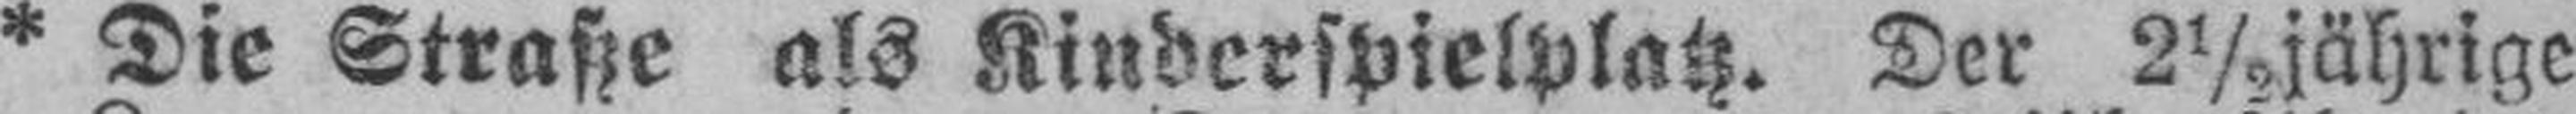
* Die Straße als Kinderspielplatz. Der 2½ jährige